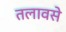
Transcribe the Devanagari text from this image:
तलावसे